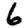
Digit: 6